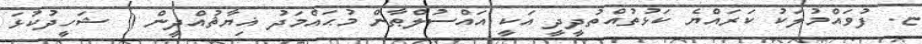
ޏ. ފުވައްމުލަކު ކަރައްޔެ ކަޅުތުއްތުދީދީ އަކީ އައްސުލްޠާން މުޙައްމަދު ޣިޔާޘުއްދީން ( ޝަހީދުކުޅަ